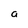
Character: a